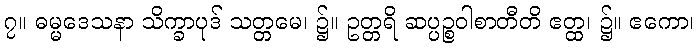
၇။ ဓမ္မဒေသနာ သိက္ခာပုဒ် သတ္တမေ၊ ၌။ ဥတ္တရိ ဆပ္ပဉ္စဝါစာတီတိ ဧတ္ထ၊ ၌။ ဧကော၊